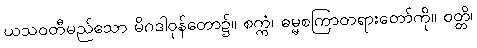
ယသဝတီမည်သော မိဂဒါဝုန်တော၌။ စက္ကံ၊ ဓမ္မစကြာတရားတော်ကို။ ဝတ္တိ၊